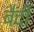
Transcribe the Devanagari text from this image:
बैदी